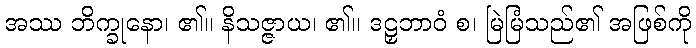
အဿ ဘိက္ခုနော၊ ၏။ နိသဇ္ဇာယ၊ ၏။ ဒဠှဘာဝံ စ၊ မြဲမြံသည်၏ အဖြစ်ကို